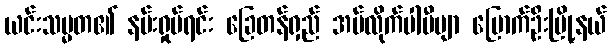
ယင်းသမ္မတ၏ နမ်းရှုပ်ရင်း ခြေတန်ရှည် အပ်လိုက်ပါပီဗျာ မြောက်ဦးမြို့နယ်